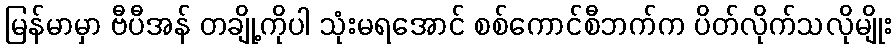
မြန်မာမှာ ဗီပီအန် တချို့ကိုပါ သုံးမရအောင် စစ်ကောင်စီဘက်က ပိတ်လိုက်သလိုမျိုး